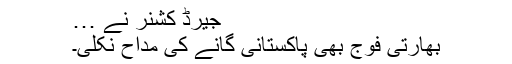
جیرڈ کشنر نے …
بھارتی فوج بھی پاکستانی گانے کی مداح نکلی۔